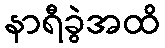
နာရီခွဲအထိ